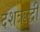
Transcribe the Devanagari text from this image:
दशऋद्धी